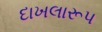
દાખલારૂપ